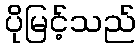
ပိုမြင့်သည်